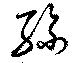
絲